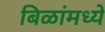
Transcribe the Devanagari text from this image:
बिळांमध्ये